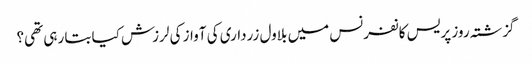
گزشتہ روز پریس کانفرنس میں بلاول زرداری کی آواز کی لرزش کیا بتا رہی تھی؟